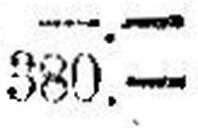
380.—